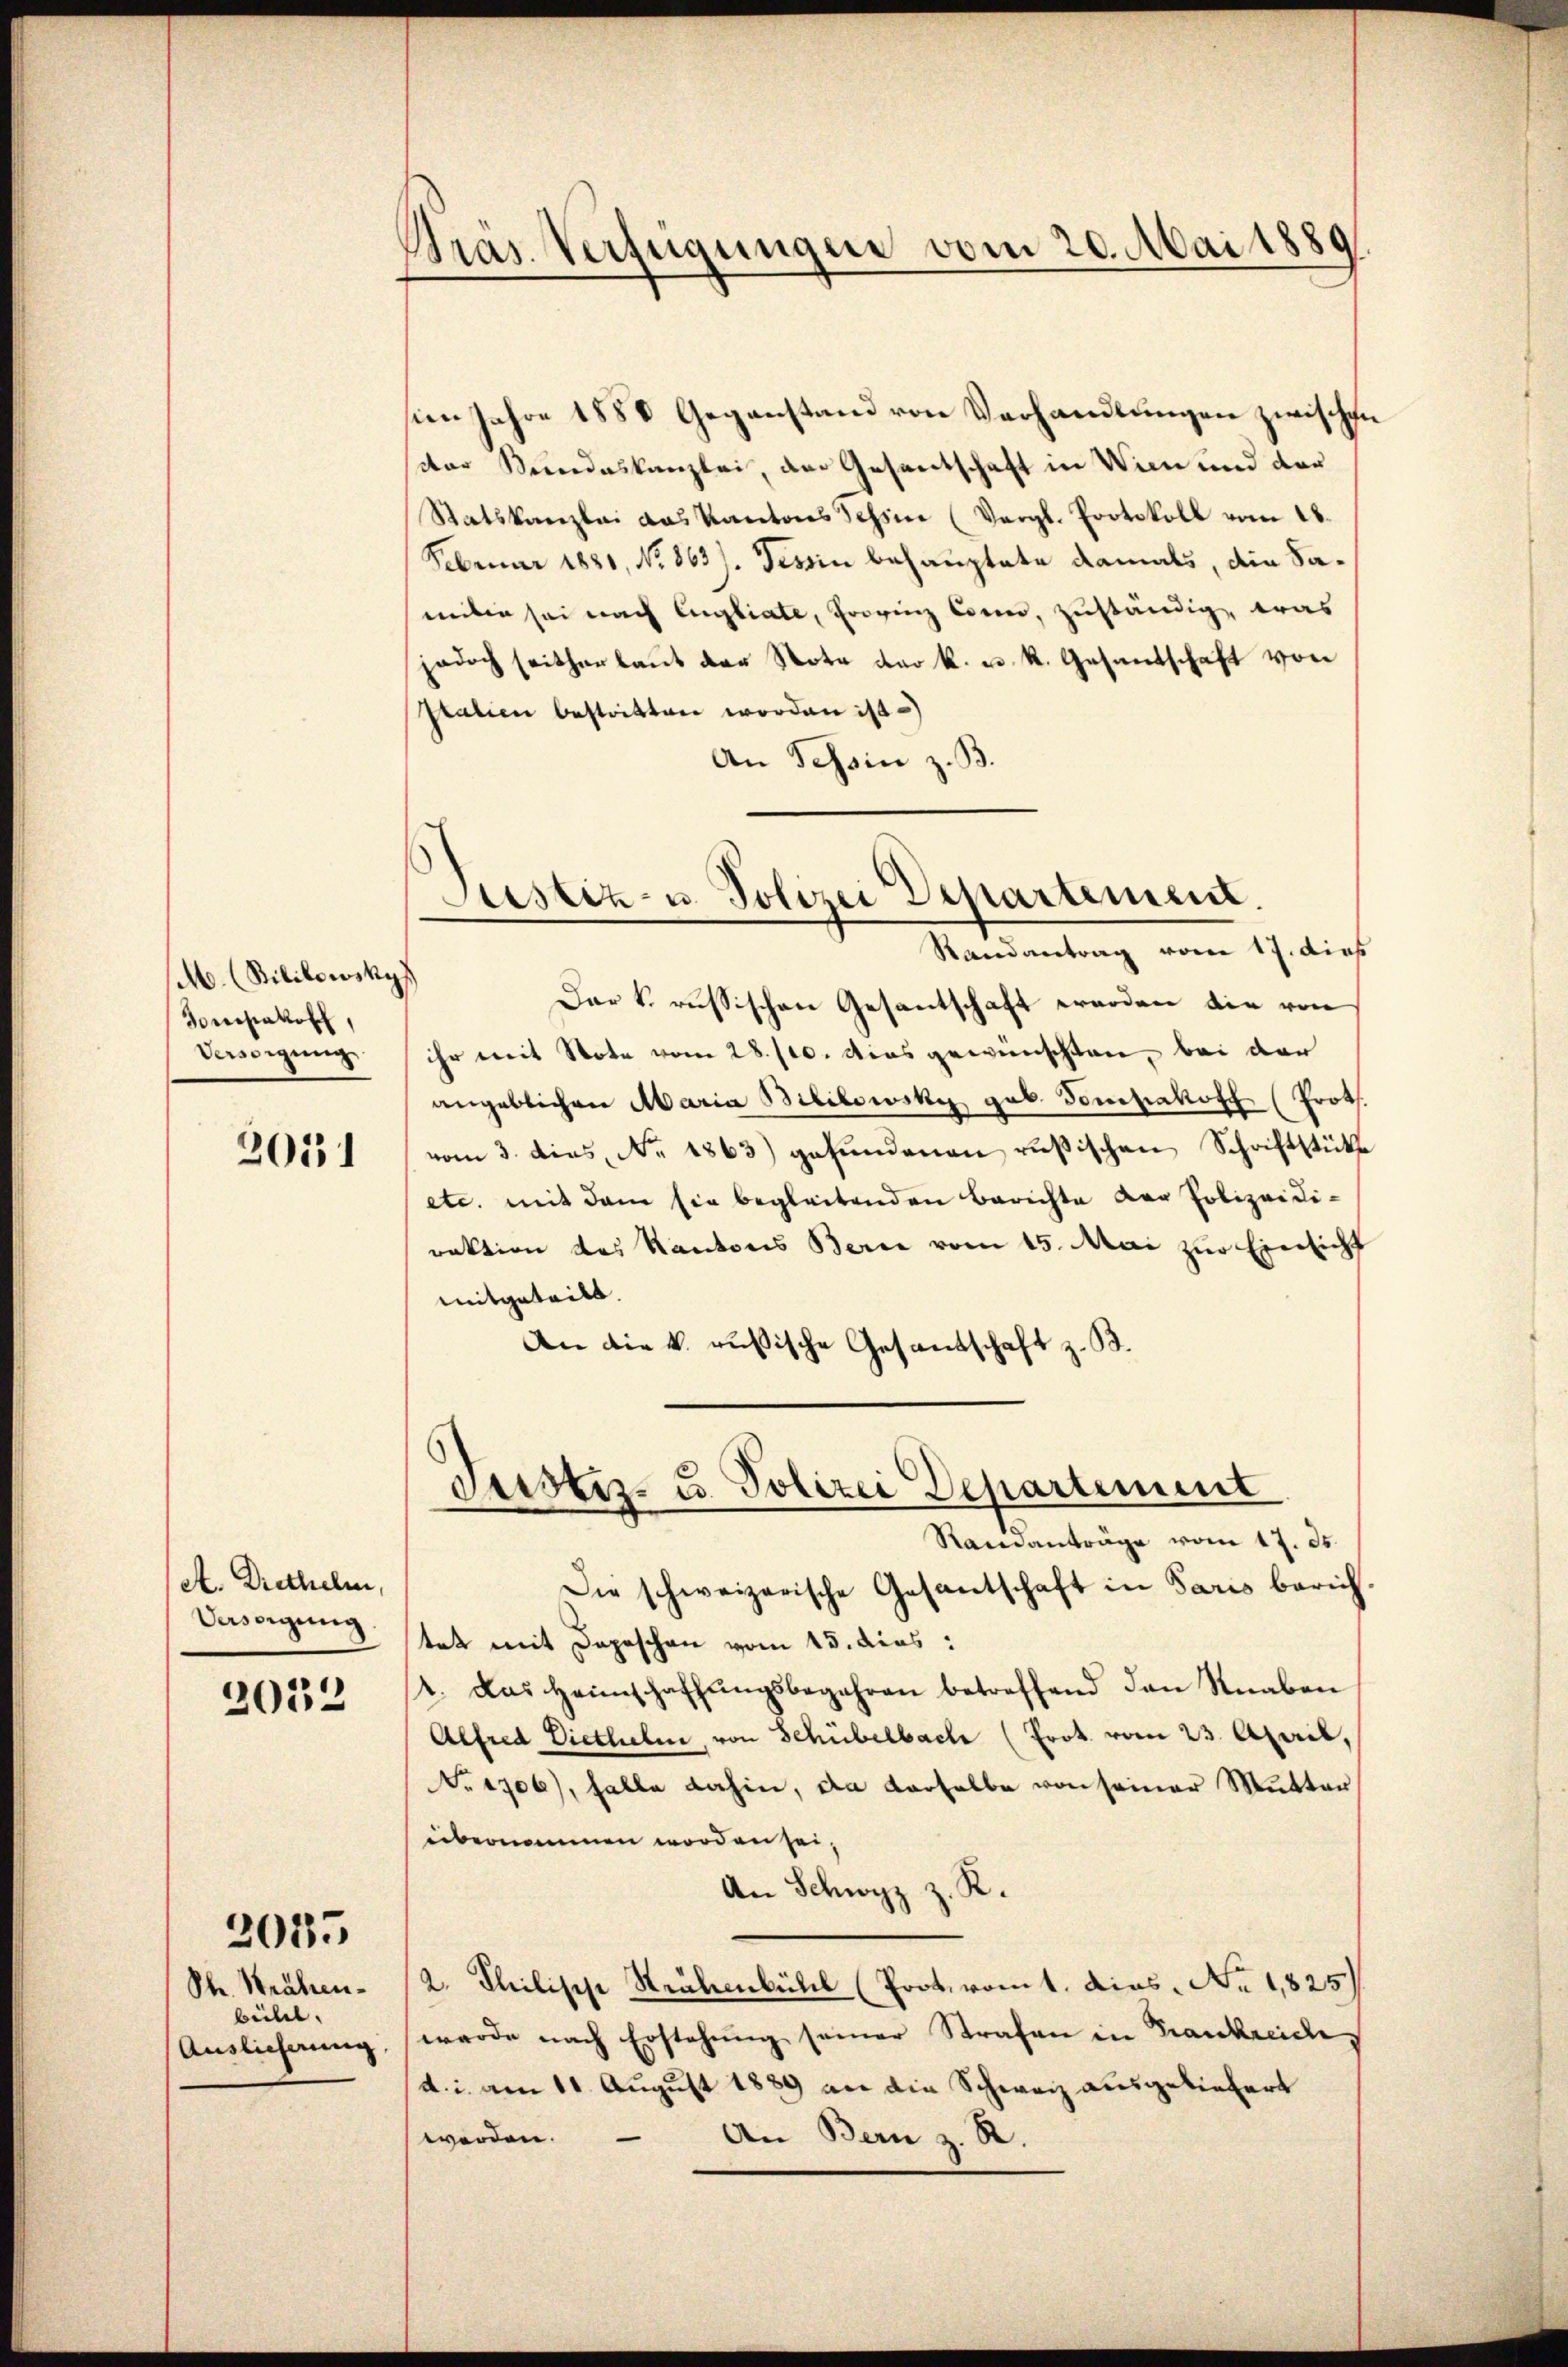
M. (Sililowsky
Sonstatos,
Verdigung

2031

A. Diethelm,
Versorgung

2032

Str. Krähen.
beilet.
Auslieferung,

2035

Präs. Verfügungen vom 20. Mai 1889

sien Jahre 1888 Gegenstand von Verhandlungen zwischen
der Bundeskanzlei, der Gesantschaft in Wien und der
Statskanzlei das Kantons Tessin (Vergl. Protokoll vom 18.
Februar 1881, No. 863). Tessin behauptete damals, die Samiter sei nach Engliate, Provinz sein, zuständig, was
jedoch seitherbaŭt der Nota der k. u. R. Gesandschaft von
statien bestritten worden ist)
An Schein z. B.

Justiz- u. Polizei Departement.
Randantrag vom 17. dies

Das k. russischen Gesantschaft werden die von
ihr mit Note vom 28./10. dies gewünschten, bei der
angeblichen Maria Bililowsky gab. Tomzakoff (Prot.
vom 3. dies No. 1863) gefŭndenen rusischen Schriftstücke
etc. mit dem sie begleitenden Berichte der Polizeidiraktion des Kantons Berne vom 15. Mai zŭr Einsicht
mitgeteilt.
An die k. russische Gesandschaft z. B.
Die schweizerische Gesantschaft in Paris berich
tet mit Depeschen vom 15. dies:
2. Das Heimschaffŭngsbegehren betreffend den Knaben
Alfred Diethelm, von Schübelbache (Prot. vom 23. April,
No. 1706), falle dahin, da derselbe von seiner Mutter
übernommen worden sei,
An Schwyz z. R.
2. Philisch Strubenküll (Prot. vom 1. dies. No. 1825.)
werde nach Erstehung seiner Strafen in Frankreiche,
d. i. am 11. August 1889 an die Schweiz ausgeliefert
werden.
An Bern z. R.

Justiz- u. Polizei Departement
Randanträge vom 17. ds.